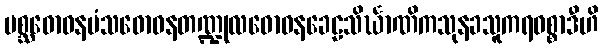
မစ္ဆဓောဝနမံသဓောဝနတဏ္ဍုလဓောဝနခေဠသိင်္ဃာဏိကသုနခသူကရဝစ္စာဒီဟိ